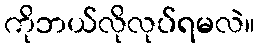
ကိုဘယ်လိုလုပ်ရမလဲ။